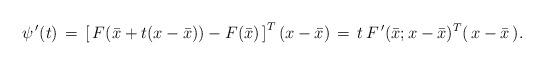
LaTeX: \begin{align*}\psi^{\, \prime}(t) \, = \, \left[ \, F(\bar{x} + t(x - \bar{x})) - F(\bar{x}) \, \right]^T( x - \bar{x}) \, = \, t \, F^{\, \prime}(\bar{x};x - \bar{x})^T( \, x - \bar{x} \, ).\end{align*}